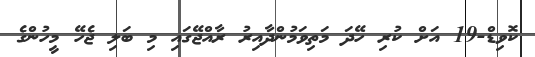
ކޮވިޑް-19 އަށް ކުރި ހޭދަ މަތިވަމުންދާއިރު ރާއްޖޭގައި މި ބަލި ޖެހޭ މީހުންގެ